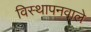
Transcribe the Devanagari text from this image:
विस्थापनवाले